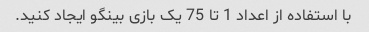
با استفاده از اعداد 1 تا 75 یک بازی بینگو ایجاد کنید.